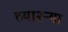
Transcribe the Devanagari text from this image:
च्या२ऱ्या